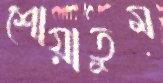
শোয়াতুম